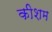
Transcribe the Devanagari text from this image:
कीशम